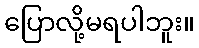
ပြောလို့မရပါဘူး။